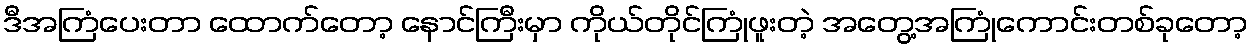
ဒီအကြံပေးတာ ထောက်တော့ နောင်ကြီးမှာ ကိုယ်တိုင်ကြုံဖူးတဲ့ အတွေ့အကြုံကောင်းတစ်ခုတော့